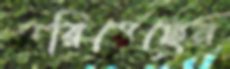
সরিয়েছেন